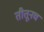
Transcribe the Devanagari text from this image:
तीतूनच